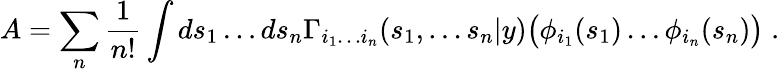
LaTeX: A=\sum_{n}\frac{1}{n!}\int ds_{1}\ldots ds_{n}\Gamma_{i_{1}\ldots i_{n}}(s_{1},\ldots s_{n}|y)\bigl(\phi_{i_{1}}(s_{1})\ldots\phi_{i_{n}}(s_{n})\bigl)\; .